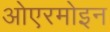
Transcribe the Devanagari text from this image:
ओएरमोइन